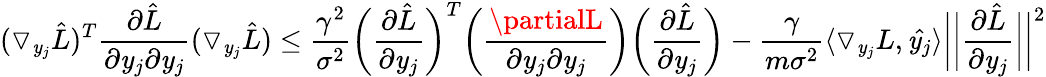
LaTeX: (\triangledown_{\mathit{y}_{j}}{\hat{{L}}})^{T}{\frac{{\partial{\hat{{L}}}}}{{\partial\mathit{y}_{j}\partial\mathit{y}_{j}}}}(\triangledown_{\mathit{y}_{j}}{\hat{{L}}})\leq{\frac{{\gamma^{2}}}{{\sigma^{2}}}}{\bigg(}{\frac{{\partial{\hat{{L}}}}}{{\partial\mathit{y}_{j}}}}{\bigg)}^{T}{\bigg(}{\frac{{\partialL}}{{\partial\mathit{y}_{j}\partial\mathit{y}_{j}}}}{\bigg)}{\bigg(}{\frac{{\partial{\hat{{L}}}}}{{\partial\mathit{y}_{j}}}}{\bigg)}-{\frac{{\gamma}}{{m\sigma^{2}}}}\langle\triangledown_{\mathit{y}_{j}}L,{\hat{{\mathit{y}_{j}}}}\rangle{\bigg|}{\bigg|}{\frac{{\partial{\hat{{L}}}}}{{\partial\mathit{y}_{j}}}}{\bigg|}{\bigg|}^{2}